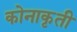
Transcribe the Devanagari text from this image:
कोनाकृती